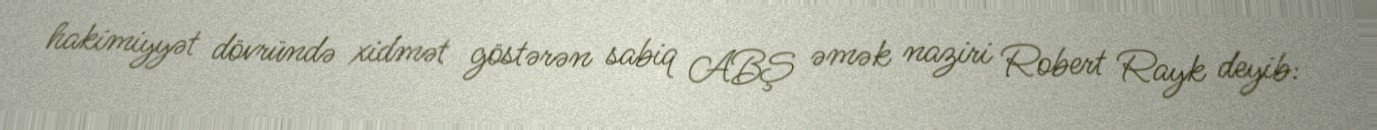
hakimiyyət dövründə xidmət göstərən sabiq ABŞ əmək naziri Robert Rayk deyib: